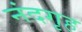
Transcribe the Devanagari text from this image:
नंदगृह